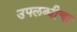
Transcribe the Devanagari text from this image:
उपलब्धीचा